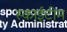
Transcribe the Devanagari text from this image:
स्‍काईटीम